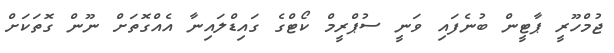
ޖުމްހޫރީ ޕާޓީން ބުނެފައި ވަނީ ސުޕްރީމް ކޯޓްގެ ގައިޑްލައިނާ އެއްގޮތަށް ނޫން ގޮތަކަށް